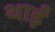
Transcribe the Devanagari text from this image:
थाईं